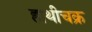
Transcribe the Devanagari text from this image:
हाथीचक्र